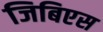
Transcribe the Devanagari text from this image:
जिबिएस